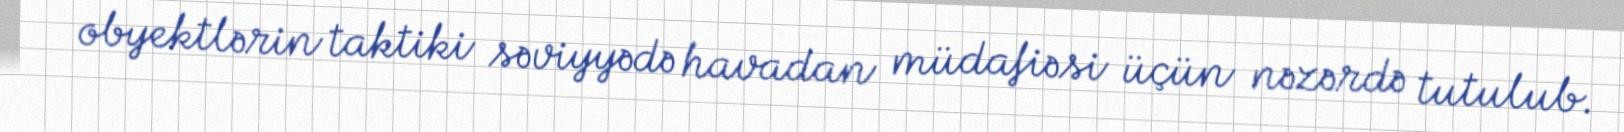
obyektlərin taktiki səviyyədə havadan müdafiəsi üçün nəzərdə tutulub.